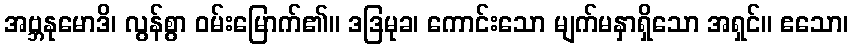
အဗ္ဘနုမောဒိ၊ လွန်စွာ ဝမ်းမြောက်၏။ ဒဒြမုခ၊ ကောင်းသော မျက်မနှာရှိသော အရှင်။ ဧသော၊